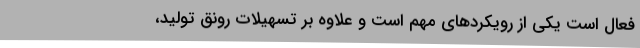
فعال است یکی از رویکردهای مهم است و علاوه بر تسهیلات رونق تولید،